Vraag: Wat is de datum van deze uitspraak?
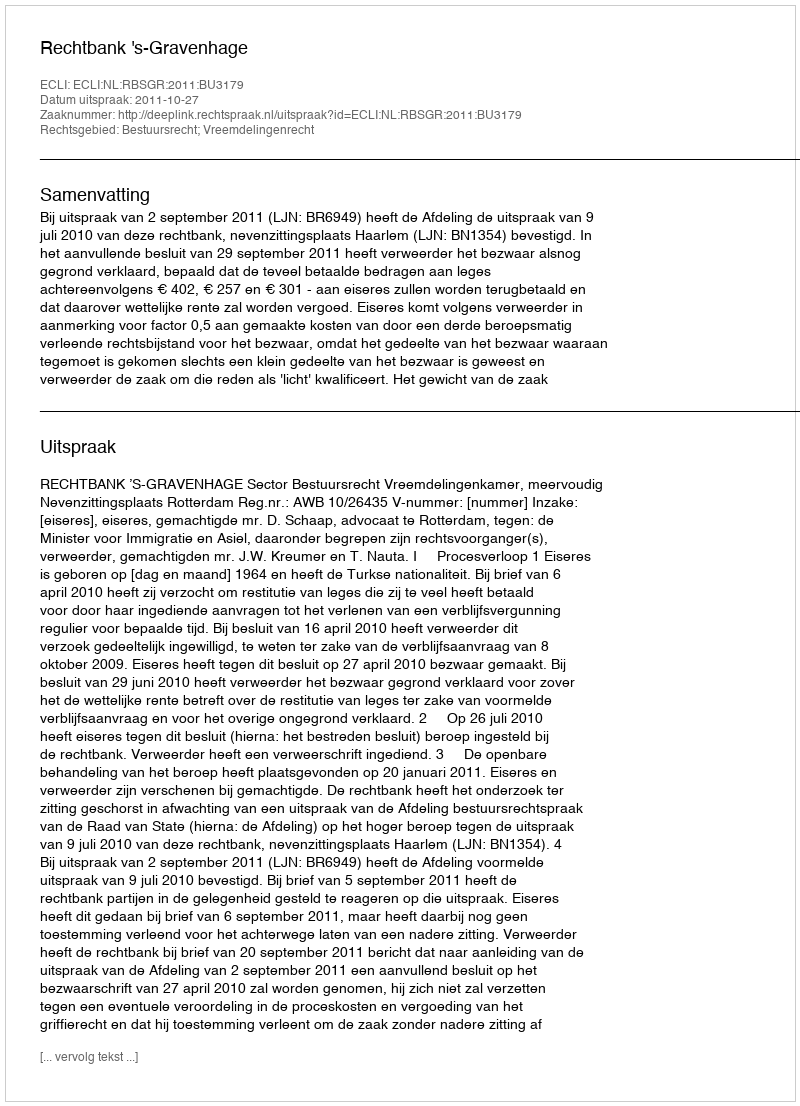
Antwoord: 2011-10-27